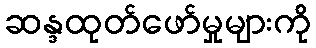
ဆန္ဒထုတ်ဖော်မှုများကို